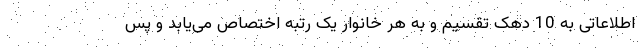
اطلاعاتی به 10 دهک تقسیم و به هر خانوار یک رتبه اختصاص می‌یابد و پس